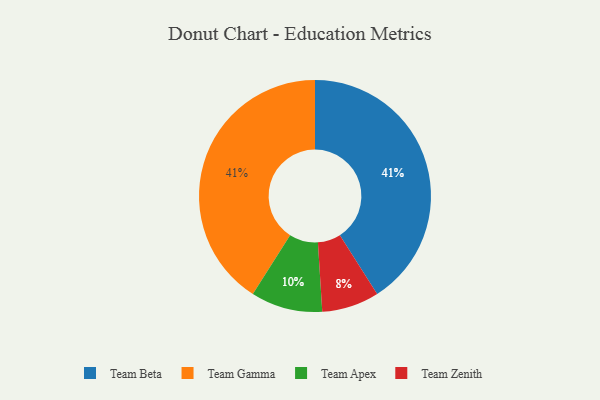
{"axis": {"x": "Category", "y": "Percentage"}, "legend": ["Team Apex", "Team Beta", "Team Gamma", "Team Zenith"], "data": [{"x": "Team Beta", "y": 41, "type": "Team Beta"}, {"x": "Team Gamma", "y": 41, "type": "Team Gamma"}, {"x": "Team Apex", "y": 10, "type": "Team Apex"}, {"x": "Team Zenith", "y": 8, "type": "Team Zenith"}]}